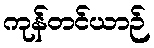
ကုန်တင်ယာဉ်